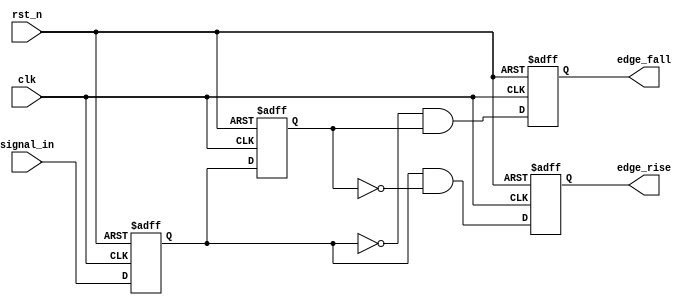
module glitch_free_edge_detector (
    input wire clk,            // Clock signal
    input wire rst_n,         // Asynchronous reset (active low)
    input wire signal_in,     // Input signal to detect edges
    output reg edge_rise,     // Output signal for rising edge detection
    output reg edge_fall      // Output signal for falling edge detection
);

    // Memory blocks to hold current and previous states
    reg current_state;        // Current state of the input signal
    reg previous_state;       // Previous state of the input signal

    // Always block for state updates and edge detection
    always @(posedge clk or negedge rst_n) begin
        if (!rst_n) begin
            // Asynchronous reset
            current_state <= 1'b0;
            previous_state <= 1'b0;
            edge_rise <= 1'b0;
            edge_fall <= 1'b0;
        end else begin
            // Update previous state to current state
            previous_state <= current_state;
            // Capture current state from input signal
            current_state <= signal_in;

            // Edge detection logic
            edge_rise <= (current_state == 1'b1 && previous_state == 1'b0);
            edge_fall <= (current_state == 1'b0 && previous_state == 1'b1);
        end
    end

endmodule